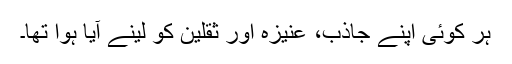
ہر کوئی اپنے جاذب، عنیزہ اور ثقلین کو لینے آیا ہوا تھا۔